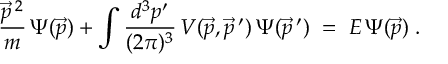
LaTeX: \frac { \vec { p } \, ^ { 2 } } { m } \, \Psi ( \vec { p } ) + \int \frac { d ^ { 3 } p ^ { \prime } } { ( 2 \pi ) ^ { 3 } } \, V ( \vec { p } , \vec { p } \, ^ { \prime } ) \, \Psi ( \vec { p } \, ^ { \prime } ) \; = \; E \, \Psi ( \vec { p } ) \; .